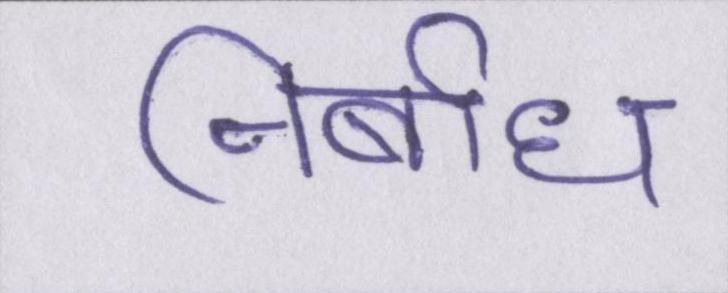
निर्बाध